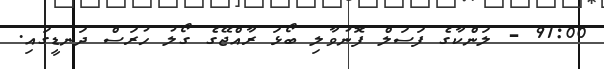
91:00 - ލަންކާގެ ފަސަލް ފޮނުވާލި ބޯޅަ ރާއްޖޭގެ ގޯލު ހުރަސް ދަނޑީގައި.